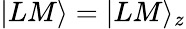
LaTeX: |LM\rangle=|LM\rangle_{z}